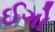
ઈગો